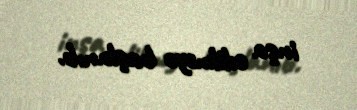
inşa edilməyə başlanıb.